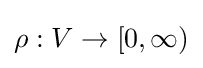
\rho :V\to [0,\infty )